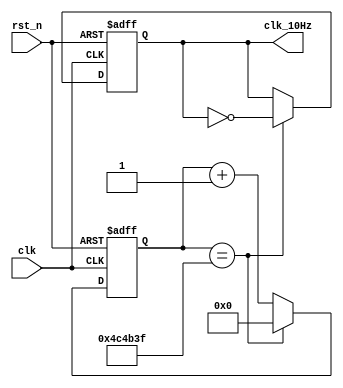
`timescale 1ns / 1ps
//////////////////////////////////////////////////////////////////////////////////
// Company: 
// Engineer: 
// 
// Design Name: 
// Module Name: tenHz_gen
// Project Name: 
// Target Devices: 
// Tool Versions: 
// Description: 
// 
// Dependencies: 
// 
// Revision:
// Revision 0.01 - File Created
// Additional Comments:
// 
//////////////////////////////////////////////////////////////////////////////////

module tenHz_gen(
    input clk,
    input rst_n,
    output clk_10Hz
    );
    
    reg [22:0] ctr_reg = 0; //23 bits to cover 5,000,000
    reg clk_out_reg = 0;
    
    always @(posedge clk or posedge rst_n)
        if(rst_n) begin
            ctr_reg <= 0;
            clk_out_reg <= 0;
        end
        else
            if(ctr_reg == 4_999_999) begin  //100MHz /10Hz / 2 = 5,000,000
                ctr_reg <= 0;
                clk_out_reg <= ~clk_out_reg;
            end
            else    
                ctr_reg <= ctr_reg + 1;
                
                
      assign clk_10Hz = clk_out_reg;
      
endmodule